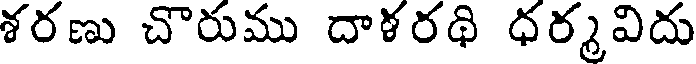
శరణు చొరుము దాళరథి ధర్మవిదు